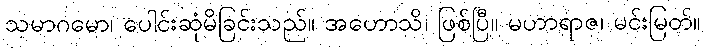
သမာဂမော၊ ပေါင်းဆုံမိခြင်းသည်။ အဟောသိ၊ ဖြစ်ပြီ။ မဟာရာဇ၊ မင်းမြတ်။